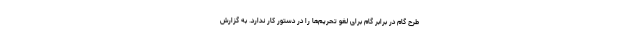
طرح گام در برابر گام برای لغو تحریم‌ها را در دستور کار ندارد. به گزارش